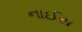
નાઈસ